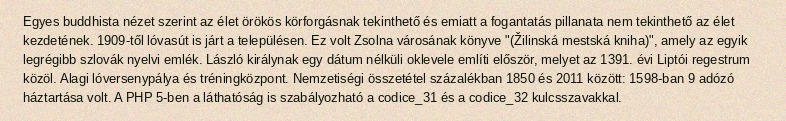
Egyes buddhista nézet szerint az élet örökös körforgásnak tekinthető és emiatt a fogantatás pillanata nem tekinthető az élet kezdetének. 1909-től lóvasút is járt a településen. Ez volt Zsolna városának könyve "(Žilinská mestská kniha)", amely az egyik legrégibb szlovák nyelvi emlék. László királynak egy dátum nélküli oklevele említi először, melyet az 1391. évi Liptói regestrum közöl. Alagi lóversenypálya és tréningközpont. Nemzetiségi összetétel százalékban 1850 és 2011 között: 1598-ban 9 adózó háztartása volt. A PHP 5-ben a láthatóság is szabályozható a codice_31 és a codice_32 kulcsszavakkal.